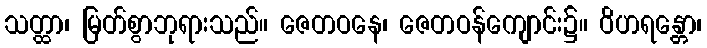
သတ္ထာ၊ မြတ်စွာဘုရားသည်။ ဇေတဝနေ၊ ဇေတဝန်ကျောင်း၌။ ဝိဟရန္တော၊